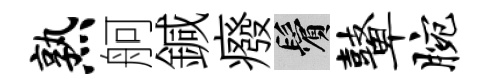
熟舸鍼癈鬢鼙腕